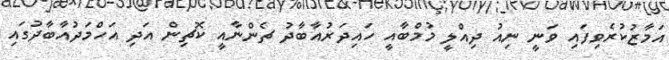
އަމާޒުކުރެވިފައި ވަނީ ނިއު ދިއްލީ މުމްބާއީ ހައިދަރުއާބާދު ޗެންނާއީ ކޮޗިން އަދި އަހްމަދުއާބާދުގައި